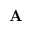
\mathbf A